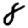
Digit: 8